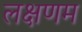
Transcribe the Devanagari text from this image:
लक्षणम